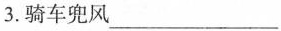
3.骑车兜风___